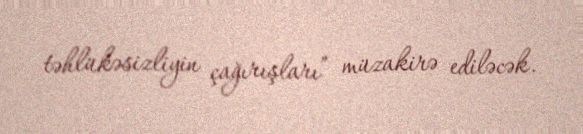
təhlükəsizliyin çağırışları” müzakirə ediləcək.